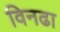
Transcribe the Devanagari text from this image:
विनढा